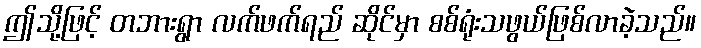
ဤသို့ဖြင့် တဘားရွာ လက်ဖက်ရည် ဆိုင်မှာ စစ်ရုံးသဖွယ်ဖြစ်လာခဲ့သည်။